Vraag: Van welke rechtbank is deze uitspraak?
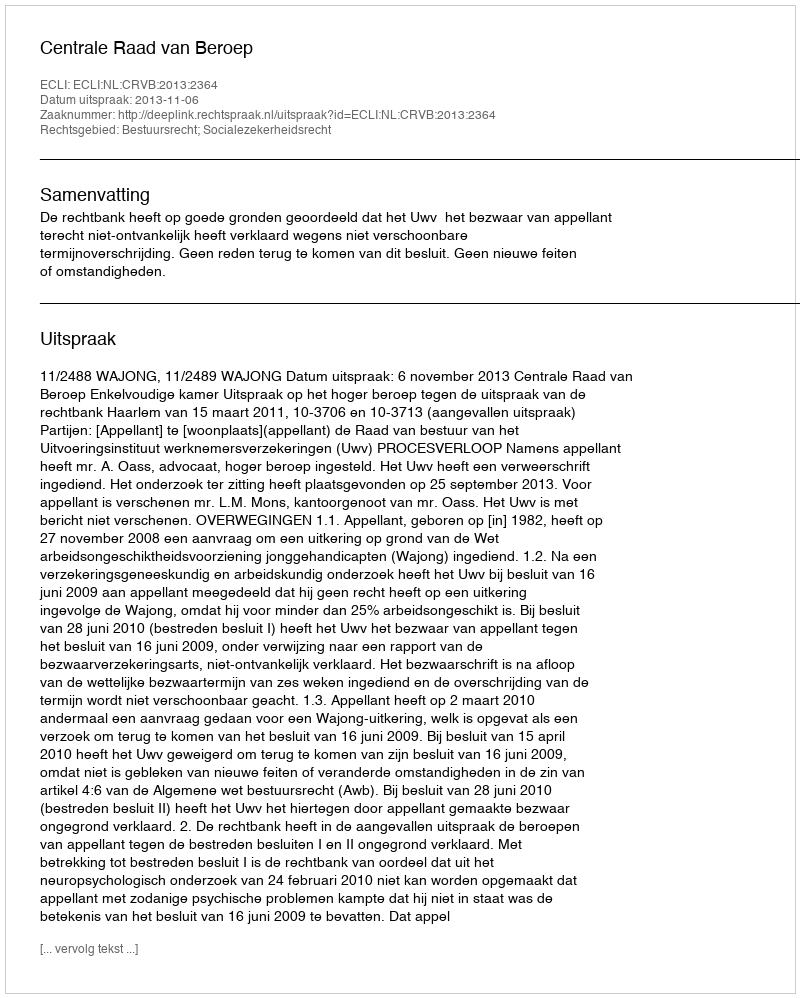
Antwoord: Centrale Raad van Beroep